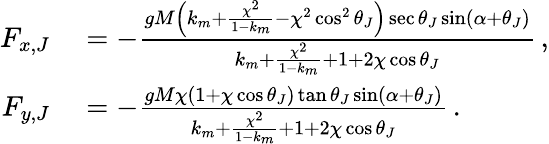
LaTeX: \begin{array}{rl}{F_{x,J}}&{{}=-\frac{gM\left(k_{m}+\frac{\chi^{2}}{1-k_{m}}-\chi^{2}\cos^{2}\theta_{J}\right)\sec\theta_{J}\sin(\alpha+\theta_{J})}{k_{m}+\frac{\chi^{2}}{1-k_{m}}+1+2\chi\cos\theta_{J}}\, ,}\\ {F_{y,J}}&{{}=-\frac{gM\chi(1+\chi\cos\theta_{J})\tan\theta_{J}\sin(\alpha+\theta_{J})}{k_{m}+\frac{\chi^{2}}{1-k_{m}}+1+2\chi\cos\theta_{J}}\, .}\end{array}